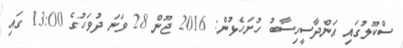
ސްކޫލުގައި އަންދާސީހިސާބު ހުށަހެޅުން: 2016 ޖޫން 28 ވަނަ ދުވަހުގެ 13:00 ގައި